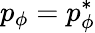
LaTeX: p_{\phi}=p_{\phi}^{*}